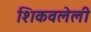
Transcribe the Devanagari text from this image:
शिकवलेली